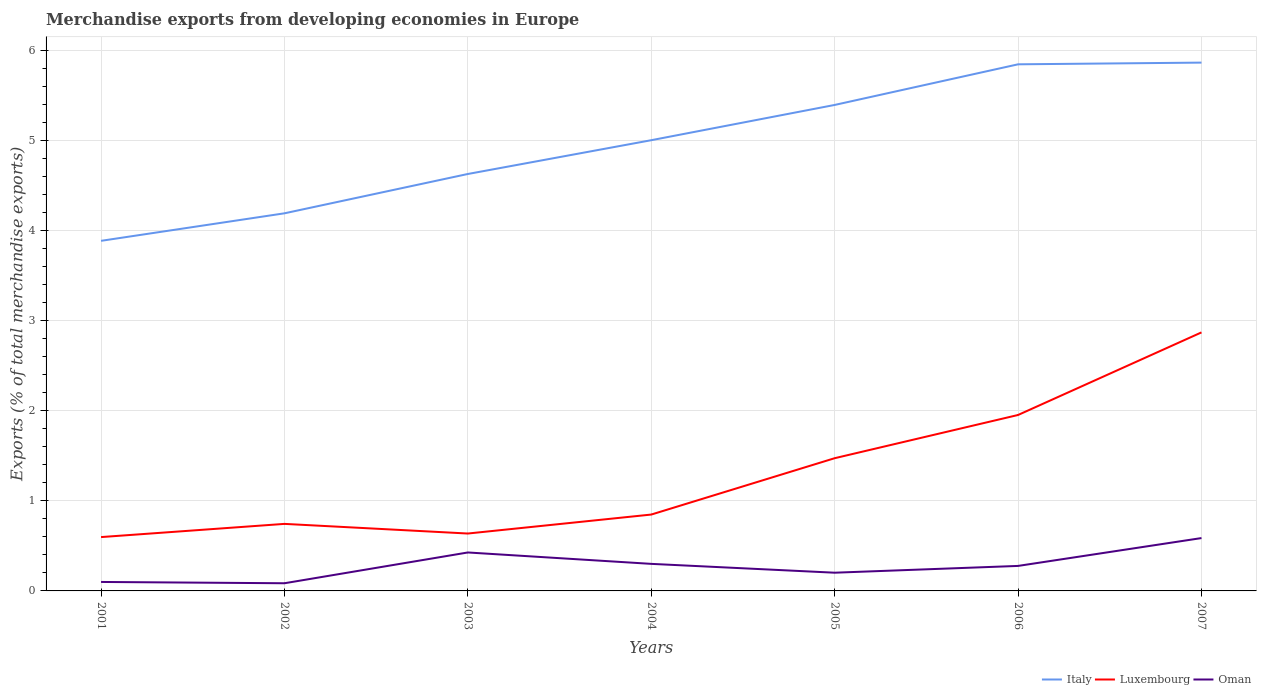
| Years | Italy | Luxembourg | Oman |
 | --- | --- | --- | --- |
 | 2001 | 3.89 | 0.598 | 0.0995 |
 | 2002 | 4.19 | 0.744 | 0.0851 |
 | 2003 | 4.63 | 0.637 | 0.427 |
 | 2004 | 5.01 | 0.848 | 0.3 |
 | 2005 | 5.4 | 1.47 | 0.202 |
 | 2006 | 5.85 | 1.95 | 0.278 |
 | 2007 | 5.87 | 2.87 | 0.587 |